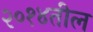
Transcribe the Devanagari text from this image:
२०१४तील